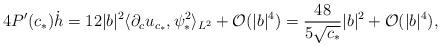
LaTeX: \begin{align*}4 P'(c_*) \dot{h} = 12 |b|^2 \langle \partial_c u_{c_*}, \psi_*^2 \rangle_{L^2} + \mathcal{O}(|b|^4)= \frac{48}{5 \sqrt{c_*}} |b|^2 + \mathcal{O}(|b|^4),\end{align*}